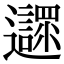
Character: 𨙎